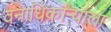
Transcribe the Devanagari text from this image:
वनाधिकार्‍याला